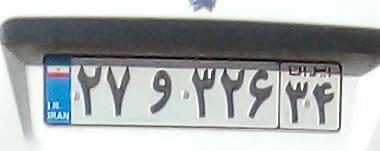
۲۷و۳۲۶۳۴